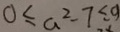
0 \leq a ^ { 2 } - 7 \leq 9